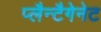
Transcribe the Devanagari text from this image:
प्लैन्टैगेनेट